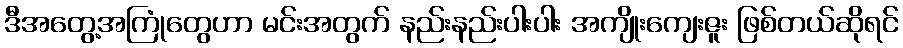
ဒီအတွေ့အကြုံတွေဟာ မင်းအတွက် နည်းနည်းပါးပါး အကျိုးကျေးဇူး ဖြစ်တယ်ဆိုရင်